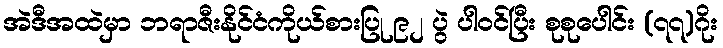
အဲဒီအထဲမှာ ဘရာဇီးနိုင်ငံကိုယ်စားပြု ၉၂ ပွဲ ပါဝင်ပြီး စုစုပေါင်း (၇၇)ဂိုး